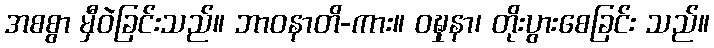
အစစွာ မှီဝဲခြင်းသည်။ ဘာဝနာတိ-ကား။ ဝဍ္ဎှနာ၊ တိုးပွားစေခြင်း သည်။